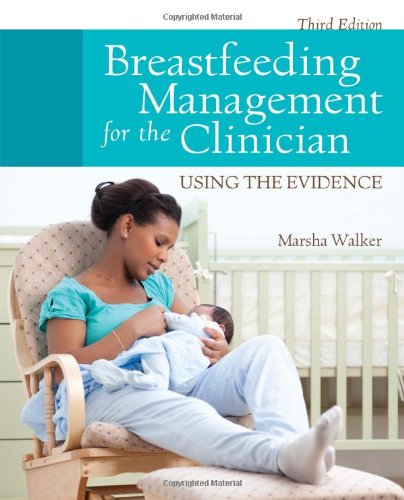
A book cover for Breastfeeding Management For The Clinician: Using the Evidence; Marsha Walker; Medical Books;